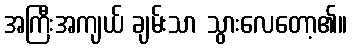
အကြီးအကျယ် ချမ်းသာ သွားလေတော့၏။